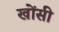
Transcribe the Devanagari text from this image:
खोंसी